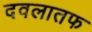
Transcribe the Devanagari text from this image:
दवलातफ